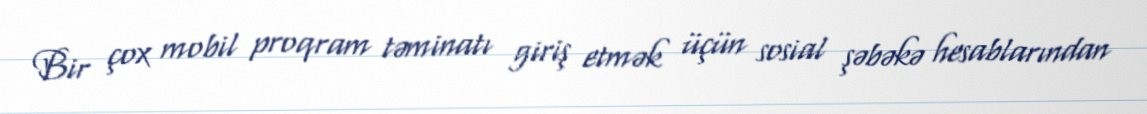
Bir çox mobil proqram təminatı giriş etmək üçün sosial şəbəkə hesablarından